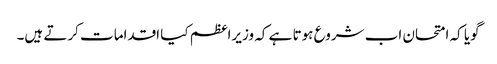
گویا کہ امتحان اب شروع ہوتا ہے کہ وزیراعظم کیا اقدامات کرتے ہیں۔